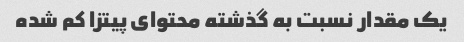
یک مقدار نسبت به گذشته محتوای پیتزا کم شده